Piroplasma canis and its life cycle in the tick - Number 29
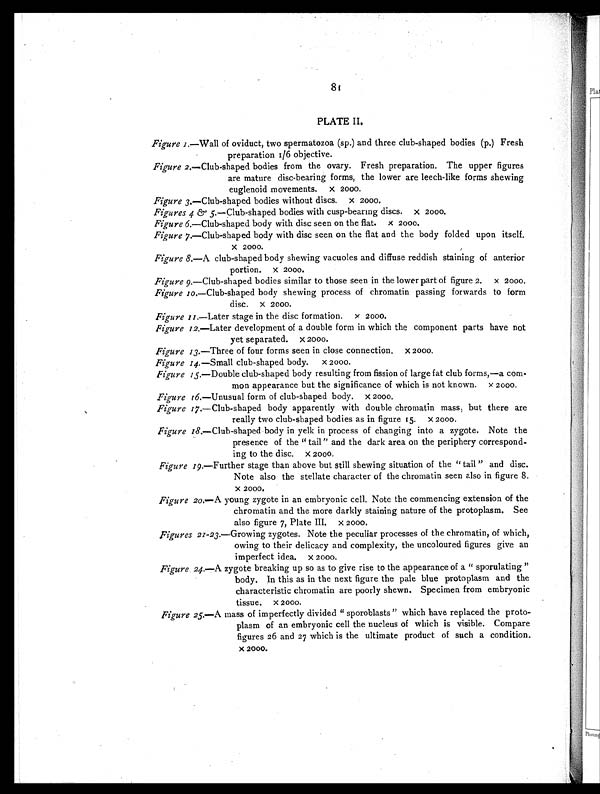
81
PLATE II.
Figure 1.—Wall of oviduct, two spermatozoa (sp.) and three club-shaped bodies (p.) Fresh
preparation 1/6 objective.
Figure 2.—Club-shaped bodies from the ovary. Fresh preparation. The upper figures
are mature disc-bearing forms, the lower are leech-like forms shewing
euglenoid movements. × 2000.
Figure 3.—Club-shaped bodies without discs. × 2000.
Figures 4 & 5.—Club-shaped bodies with cusp-bearing discs. × 2000.
Figure 6.—Club-shaped body with disc seen on the flat. × 2000.
Figure 7.—Club-shaped body with disc seen on the flat and the body folded upon itself.
× 2000.
Figure 8.—A club-shaped body shewing vacuoles and diffuse reddish staining of anterior
portion. × 2000.
Figure 9.—Club-shaped bodies similar to those seen in the lower part of figure 2. × 2000.
Figure 10.—Club-shaped body shewing process of chromatin passing forwards to form
disc. × 2000.
Figure 11.—Later stage in the disc formation. × 2000.
Figure 12.—Later development of a double form in which the component parts have not
yet separated. × 2000.
Figure 13.—Three of four forms seen in close connection. × 2000.
Figure 14.—Small club-shaped body. × 2000.
Figure 15.—Double club-shaped body resulting from fission of large fat club forms,—a com-
mon appearance but the significance of which is not known. × 2000.
Figure 16.—Unusual form of club-shaped body. × 2000.
Figure 17.—Club-shaped body apparently with double chromatin mass; but there are
really two club-shaped bodies as in figure 15. × 2000.
Figure 18.—C l u b - s h a p e d b o d y i n y e l k i n p r o c e s s o f c h a n g i n g i n t o a z y g o t e . N o t e t h e
presence of the "tail" and the dark area on the periphery correspond-
ing to the disc. × 2000.
Figure 19.—Further stage than above but still shewing situation of the "tail" and disc.
Note also the stellate character of the chromatin seen also in figure 8.
× 2 0 0 0 .
Figure 20.—A young zygote in an embryonic cell. Note the commencing extension of the
chromatin and the more darkly staining nature of the protoplasm. See
also figure 7, Plate III. × 2000.
Figures 21-23.—Growing zygotes. Note the peculiar processes of the chromatin, of which,
owing to their delicacy and complexity, the uncoloured figures give an
imperfect idea. × 2000.
Figure 24.—A zygote breaking up so as to give rise to the appearance of a "sporulating"
body. In this as in the next figure the pale blue protoplasm and the
characteristic chromatin are poorly shewn. Specimen from embryonic
tissue. × 2000.
Figure 25.— A mass of imperfectly divided "sporoblasts" which have replaced the proto-
plasm of an embryonic cell the nucleus of which is visible. Compare
figures 26 and 27 which is the ultimate product of such a condition.
× 2000.